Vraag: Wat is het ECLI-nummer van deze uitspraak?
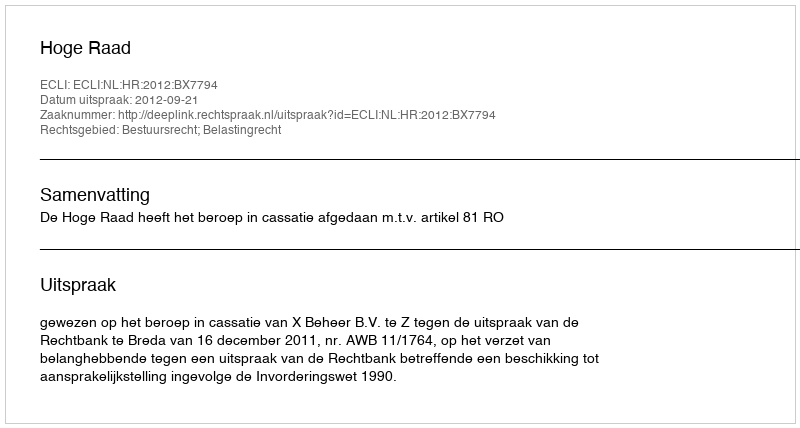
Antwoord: ECLI:NL:HR:2012:BX7794